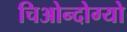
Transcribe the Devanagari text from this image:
चिओन्दोग्यो